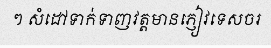
ៗ សំដៅទាក់ទាញវត្តមានភ្ញៀវទេសចរ